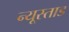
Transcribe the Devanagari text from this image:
न्यूस्ताड